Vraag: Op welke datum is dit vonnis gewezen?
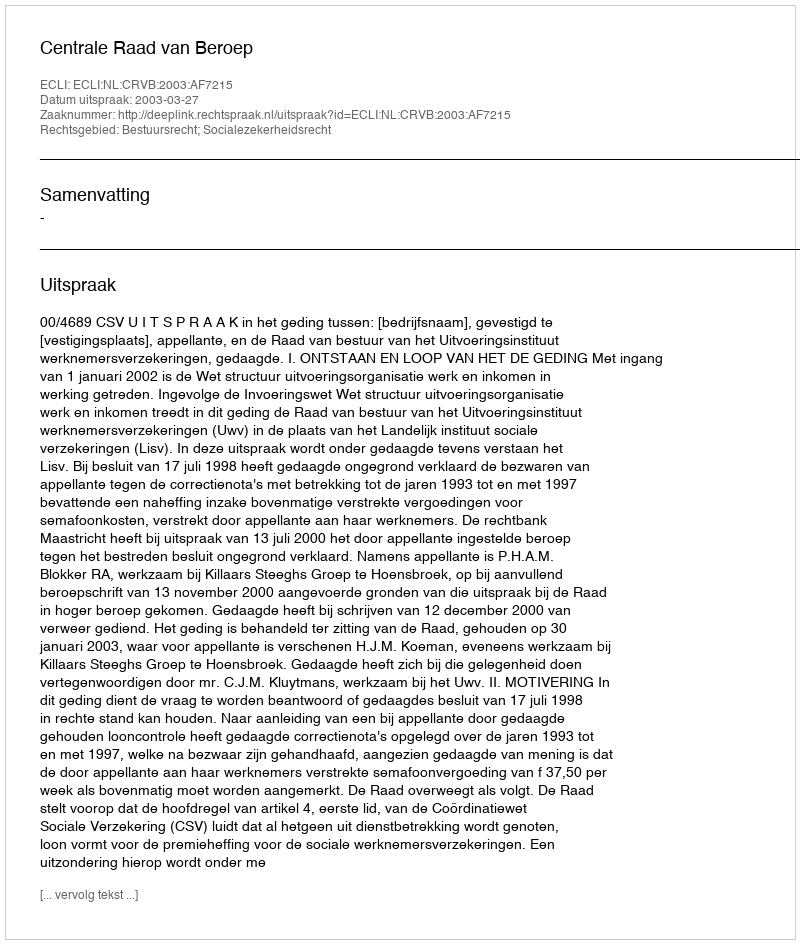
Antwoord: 2003-03-27